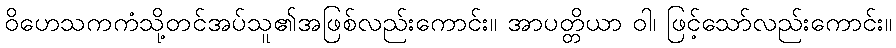
ဝိဟေသကကံသို့တင်အပ်သူ၏အဖြစ်လည်းကောင်း။ အာပတ္တိယာ ဝါ၊ ဖြင့်သော်လည်းကောင်း။